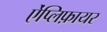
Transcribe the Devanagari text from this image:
ऐंप्लिफ़ायर